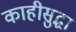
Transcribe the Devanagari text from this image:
काहीसुद्धा